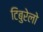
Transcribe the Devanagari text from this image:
टिबुरेलो